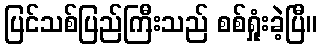
ပြင်သစ်ပြည်ကြီးသည် စစ်ရှုံးခဲ့ပြီ။